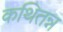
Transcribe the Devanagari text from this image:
कथितन्न